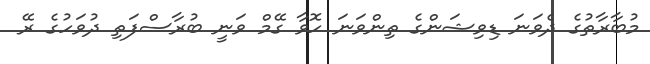
މުބާރާތުގެ ދެވަނަ ޑިވިޝަންގެ ތިންވަނަ ހޮވާ ގޭމް ވަނީ ބުރާސްފަތި ދުވަހުގެ ރޭ